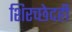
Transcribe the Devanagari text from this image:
शिरच्छेदही